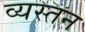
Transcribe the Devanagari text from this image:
व्यस्तन